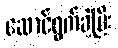
ဆောင်ရွက်ခဲ့ပြီး